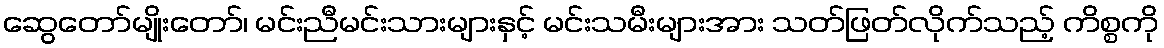
ဆွေတော်မျိုးတော်၊ မင်းညီမင်းသားများနှင့် မင်းသမီးများအား သတ်ဖြတ်လိုက်သည့် ကိစ္စကို